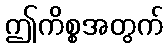
ဤကိစ္စအတွက်